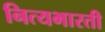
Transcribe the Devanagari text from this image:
नित्यभारती